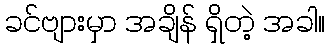
ခင်ဗျားမှာ အချိန် ရှိတဲ့ အခါ။